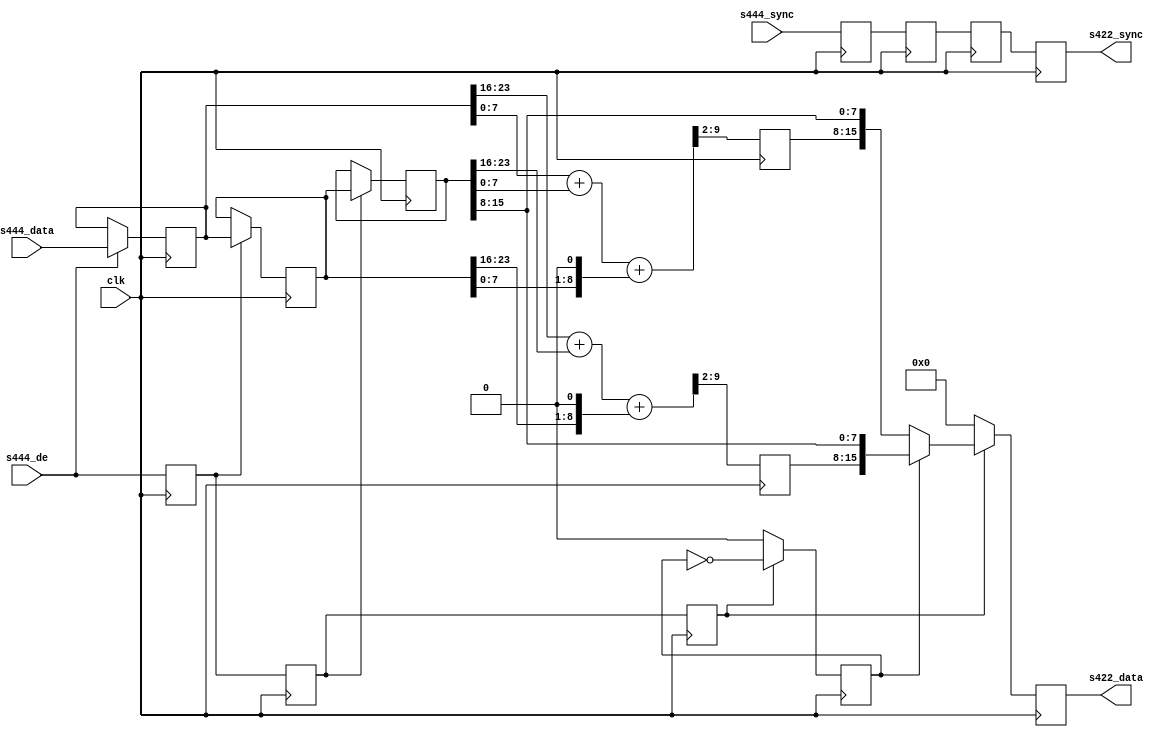
module ad_ss_444to422_1 #(
  parameter   CR_CB_N = 0,
  parameter   DELAY_DATA_WIDTH = 16) (
  input                   clk,
  input                   s444_de,
  input       [DW:0]      s444_sync,
  input       [23:0]      s444_data,
  output  reg [DW:0]      s422_sync,
  output  reg [15:0]      s422_data);
  localparam  DW = DELAY_DATA_WIDTH - 1;
  reg             s444_de_d = 'd0;
  reg     [DW:0]  s444_sync_d = 'd0;
  reg     [23:0]  s444_data_d = 'd0;
  reg             s444_de_2d = 'd0;
  reg     [DW:0]  s444_sync_2d = 'd0;
  reg     [23:0]  s444_data_2d = 'd0;
  reg             s444_de_3d = 'd0;
  reg     [DW:0]  s444_sync_3d = 'd0;
  reg     [23:0]  s444_data_3d = 'd0;
  reg     [ 7:0]  cr = 'd0;
  reg     [ 7:0]  cb = 'd0;
  reg             cr_cb_sel = 'd0;
  wire    [ 9:0]  cr_s;
  wire    [ 9:0]  cb_s;
  always @(posedge clk) begin
    s444_de_d <= s444_de;
    s444_sync_d <= s444_sync;
    if (s444_de == 1'b1) begin
      s444_data_d <= s444_data;
    end
    s444_de_2d <= s444_de_d;
    s444_sync_2d <= s444_sync_d;
    if (s444_de_d == 1'b1) begin
      s444_data_2d <= s444_data_d;
    end
    s444_de_3d <= s444_de_2d;
    s444_sync_3d <= s444_sync_2d;
    if (s444_de_2d == 1'b1) begin
      s444_data_3d <= s444_data_2d;
    end
  end
  assign cr_s = {2'd0, s444_data_d[23:16]} +
                {2'd0, s444_data_3d[23:16]} +
                {1'd0, s444_data_2d[23:16], 1'd0};
  assign cb_s = {2'd0, s444_data_d[7:0]} +
                {2'd0, s444_data_3d[7:0]} +
                {1'd0, s444_data_2d[7:0], 1'd0};
  always @(posedge clk) begin
    cr <= cr_s[9:2];
    cb <= cb_s[9:2];
    if (s444_de_3d == 1'b1) begin
      cr_cb_sel <= ~cr_cb_sel;
    end else begin
      cr_cb_sel <= CR_CB_N;
    end
  end
  always @(posedge clk) begin
    s422_sync <= s444_sync_3d;
    if (s444_de_3d == 1'b0) begin
      s422_data <= 'd0;
    end else if (cr_cb_sel == 1'b1) begin
      s422_data <= {cr, s444_data_3d[15:8]};
    end else begin
      s422_data <= {cb, s444_data_3d[15:8]};
    end
  end
endmodule